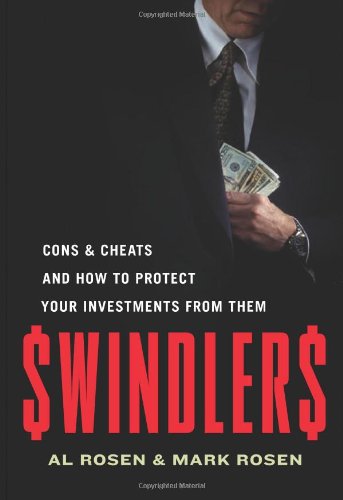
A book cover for Swindlers: Cons & Cheats and How to Protect Your Investments from Them; Al Rosen; Business & Money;